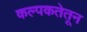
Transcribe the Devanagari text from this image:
कल्पकतेतून